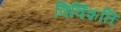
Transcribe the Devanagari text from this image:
विविंशति